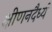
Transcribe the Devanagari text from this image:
क्षीणनदैर्ध्य